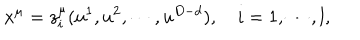
x ^ { \mu } = z _ { i } ^ { \mu } ( u ^ { 1 } , u ^ { 2 } , \cdots , u ^ { D - d } ) , \quad i = 1 , \cdots , l ,